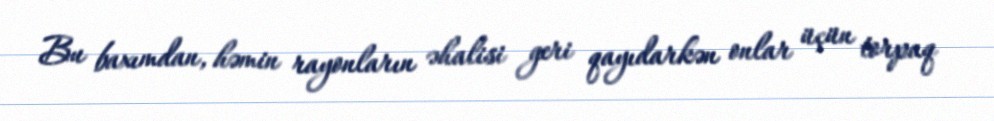
Bu baxımdan, həmin rayonların əhalisi geri qayıdarkən onlar üçün torpaq